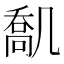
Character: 𠙪